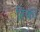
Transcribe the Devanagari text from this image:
रिंका